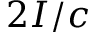
2 I / c